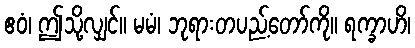
ဧဝံ၊ ဤသို့လျှင်။ မမံ၊ ဘုရားတပည့်တော်ကို။ ရက္ခာဟိ၊